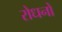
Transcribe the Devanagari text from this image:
रोधनों